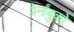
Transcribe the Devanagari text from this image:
पेर्नांबुको